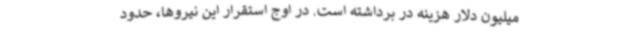
میلیون دلار هزینه در برداشته است. در اوج استقرار این نیروها، حدود